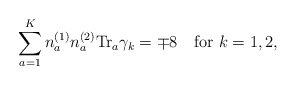
\begin{align*}\sum_{a=1}^Kn_a^{(1)}n_a^{(2)}{\rm Tr}_a\gamma_k=\mp 8 \ \ \ {\rm for}\ k=1,2,\end{align*}